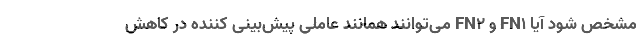
مشخص شود آیا FN۱ و FN۲ می‌توانند همانند عاملی پیش‌بینی کننده در کاهش